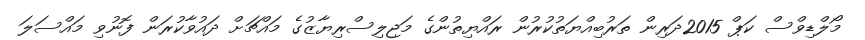
މޯލްޑިވްސް ކަޕް 2015ދަރިން ތަރުބިއްޔަތުކުރުން ރައްޔިތުންގެ މަޖިލިސްރިޔާޒުގެ މައްޗަށް ދައުވާކުރަން ފޮނުވި މައްސަލަ